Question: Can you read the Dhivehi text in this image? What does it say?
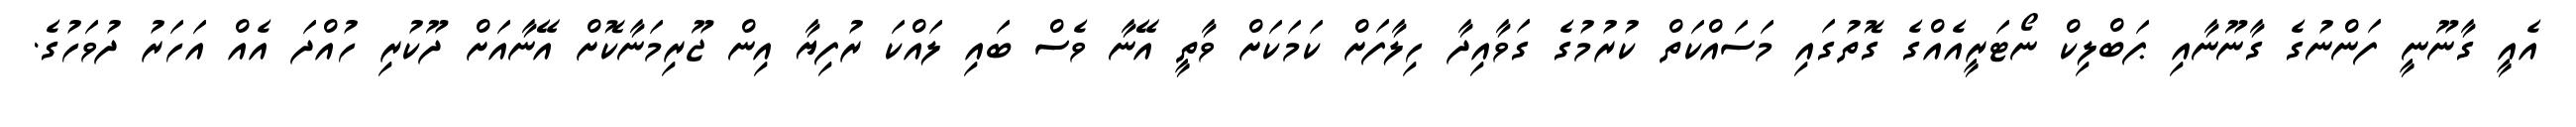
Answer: އެއީ ގާނޫނީ ފަންނުގެ ގާނޫނާއި ޕަބްލިކް ނޯޓަރީއެއްގެ ގޮތުގައި މަސައްކަތް ކުރުމުގެ ގަވާއިދާ ހިލާފަށް ކަމަކަށް ވާތީ އޭނާ ވެސް ބައި ލައްކަ ރުފިޔާ އިން ޖޫރިމަނާކޮށް އޭނާއަށް ދޫކުރި ހުއްދަ އެއް އަހަރު ދުވަހުގެ.